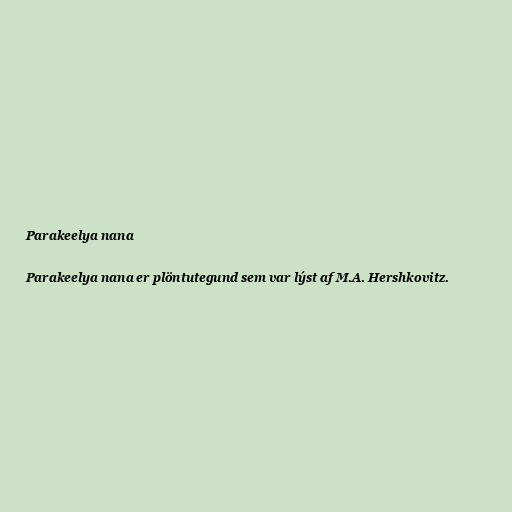
Parakeelya nana

Parakeelya nana er plöntutegund sem var lýst af M.A. Hershkovitz.